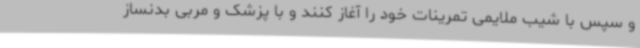
و سپس با شیب ملایمی تمرینات خود را آغاز کنند و با پزشک و مربی بدنساز